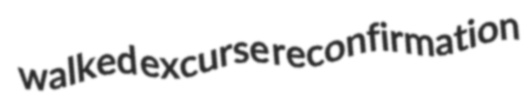
walked excurse reconfirmation